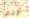
ثورين